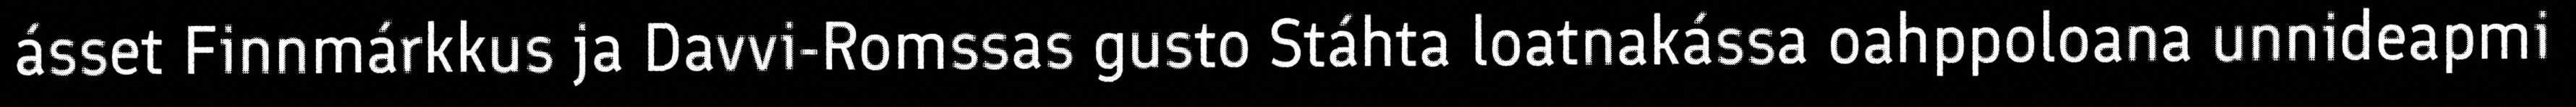
ásset Finnmárkkus ja Davvi-Romssas gusto Stáhta loatnakássa oahppoloana unnideapmi